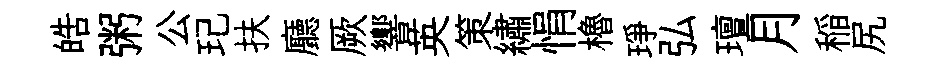
皓粥公玘扶廳厥響英策繡悁櫓琤弘璮月稲尻